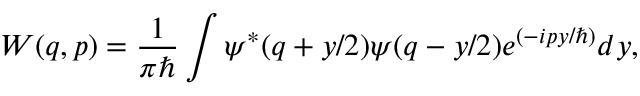
W ( q , p ) = \frac { 1 } { \pi \hbar } \int \psi ^ { * } ( q + y / 2 ) \psi ( q - y / 2 ) e ^ { ( - i p y / \hbar ) } d y ,